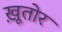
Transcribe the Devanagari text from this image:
ख़ूतोर